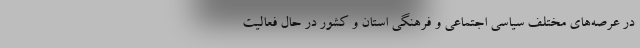
در عرصه‌های مختلف سیاسی اجتماعی و فرهنگی استان و کشور در حال فعالیت